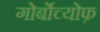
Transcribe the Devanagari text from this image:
गोर्बोच्योफ़